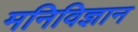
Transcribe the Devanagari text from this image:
मनिविज्ञान